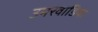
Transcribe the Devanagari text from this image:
उमरवाडिया